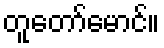
တူတော်မောင်။